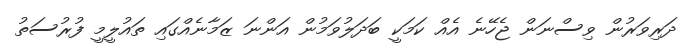
ދަރިވަރުން ވިސްނަން ޖެހޭނެ އެއް ކަމަކީ ބަދަލުވަމުން އަންނަ ޒަމާނެއްގައި ތައުލީމީ ފުރުސަތު